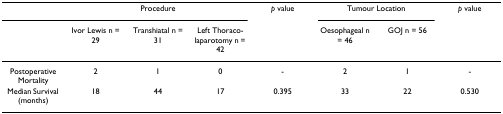
<table><thead><tr><td></td><td colspan="3"><b>Procedure</b></td><td><b><i>p </i>value</b></td><td colspan="2"><b>Tumour Location</b></td><td><b><i>p </i>value</b></td></tr><tr><td></td><td><b>Ivor Lewis n = 29</b></td><td><b>Transhiatal n = 31</b></td><td><b>Left Thoraco-laparotomy n = 42</b></td><td></td><td><b>Oesophageal n = 46</b></td><td><b>GOJ n = 56</b></td><td></td></tr></thead><tbody><tr><td>Postoperative Mortality</td><td>2</td><td>1</td><td>0</td><td>-</td><td>2</td><td>1</td><td>-</td></tr><tr><td>Median Survival (months)</td><td>18</td><td>44</td><td>17</td><td>0.395</td><td>33</td><td>22</td><td>0.530</td></tr></tbody></table>